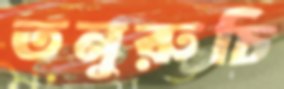
তনুরুচি